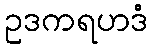
ဥဒကရဟဒံ